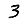
Digit: 3